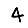
Digit: 4